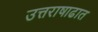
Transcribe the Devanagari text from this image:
उत्तराषाढात